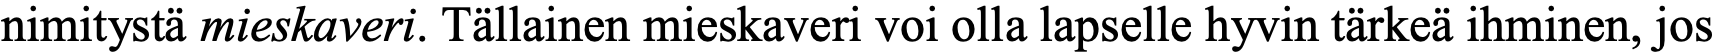
nimitystä mieskaveri. Tällainen mieskaveri voi olla lapselle hyvin tärkeä ihminen, jos